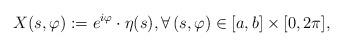
LaTeX: \begin{align*} X(s,\varphi):= e^{i\varphi} \cdot \eta(s), \forall\, (s,\varphi) \in [a,b] \times [0,2\pi],\end{align*}